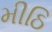
મીઠિ